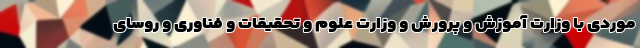
موردی با وزارت آموزش و پرورش و وزارت علوم و تحقیقات و فناوری و روسای